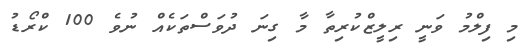
މި ފިލްމު ވަނީ ރިލީޒްކުރިތާ މާ ގިނަ ދުވަސްތަކެއް ނުވެ 100 ކްރޯޑު